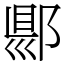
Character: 郻